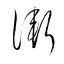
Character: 漸